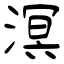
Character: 溟